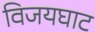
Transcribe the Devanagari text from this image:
विजयघाट